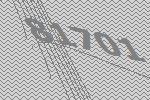
81701